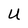
Character: U